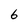
Character: 6